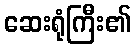
ဆေးရုံကြီး၏